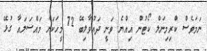
ނަމަވެސް ކްރިމިނަލް ކޯޓުން އިއްޔެ ވަނީ ދައުވާލިބޭ 72 މީހަކަށް މައްސަލައާ ގުޅޭ